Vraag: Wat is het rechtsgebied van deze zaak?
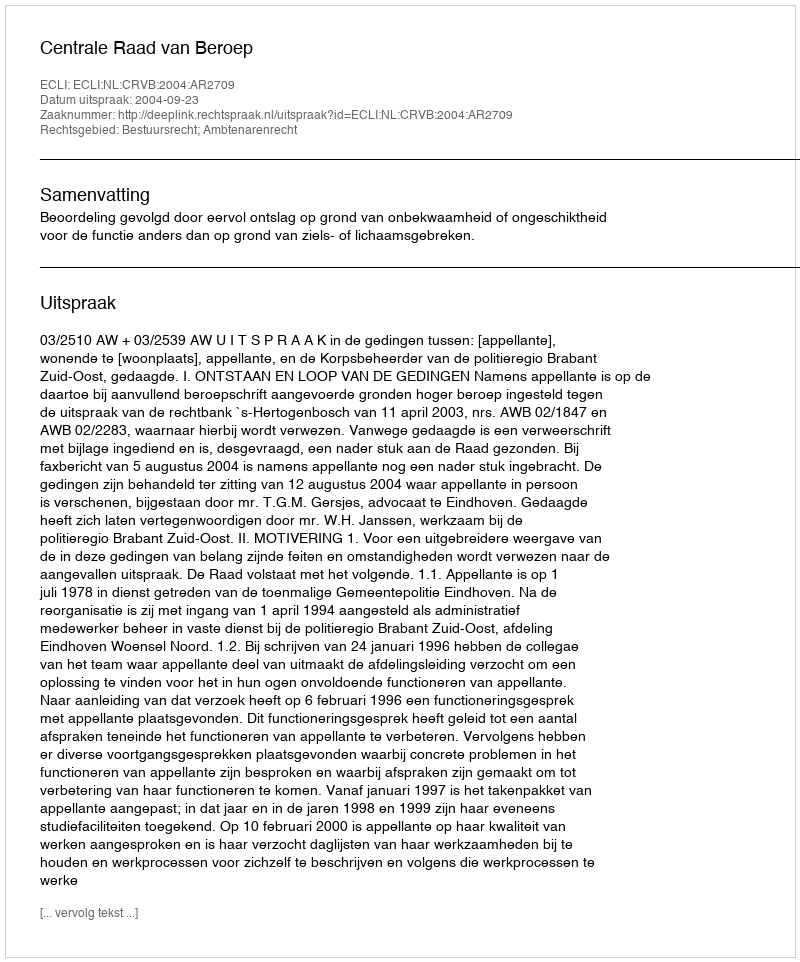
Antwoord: Bestuursrecht; Ambtenarenrecht